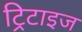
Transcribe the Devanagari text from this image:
ट्रिटाइज